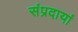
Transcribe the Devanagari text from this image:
संप्रदायां